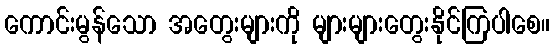
ကောင်းမွန်သော အတွေးများကို များများတွေးနိုင်ကြပါစေ။